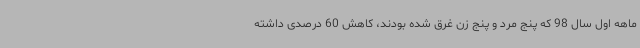
ماهه اول سال 98 که پنج مرد و پنج زن غرق شده بودند، کاهش 60 درصدی داشته